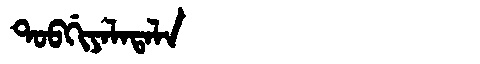
Manchu: ᡨᠣᠪᡤᡳᠶᠠᠯᠠᡨᠠᠯᠠ
Romanization: TOBGIYALATALA